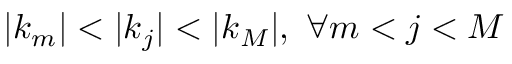
| \boldsymbol { k } _ { m } | < | \boldsymbol { k } _ { j } | < | \boldsymbol { k } _ { M } | , \ \forall m < j < M